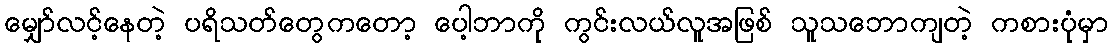
မျှော်လင့်နေတဲ့ ပရိသတ်တွေကတော့ ပေါ့ဘာကို ကွင်းလယ်လူအဖြစ် သူသဘောကျတဲ့ ကစားပုံမှာ